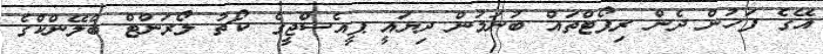
އޭގެ ފަހުން ދެން ރިޕޯޓްތައް ބުނަމުން ދިޔައީ ޕީއެސްޖީގެ ކޯޗު ލޯރަންޓް ބްލޭންކްގެ